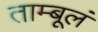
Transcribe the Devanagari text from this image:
ताम्बूलं